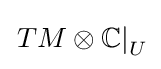
\left.TM\otimes \mathbb {C} \right|_{U}